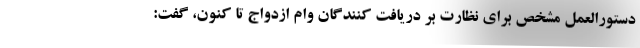
دستورالعمل مشخص برای نظارت بر دریافت کنندگان وام ازدواج تا کنون، گفت: